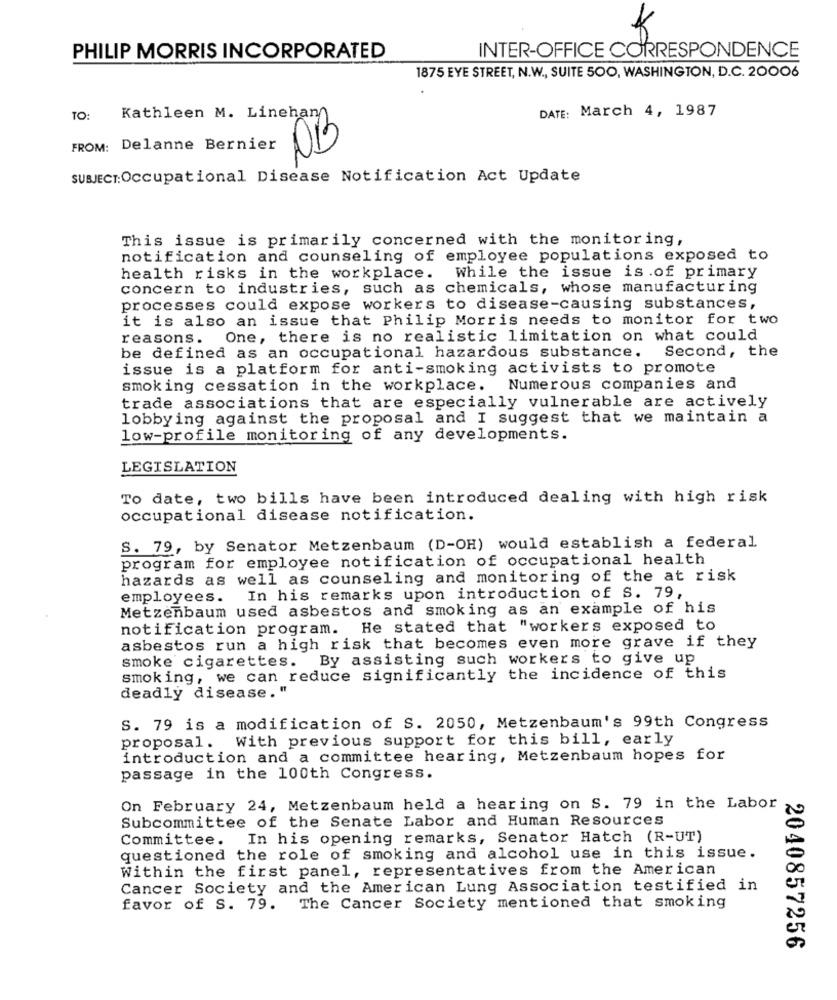
INTER-OFFICE CORRESPONDENCE
PHILIP MORRIS INCORPORATED
1875 EYE STREET, N.W ., SUITE 500, WASHINGTON, D.C. 20006
DATE: March 4, 1987
TO:
Kathleen M. Linehan
FROM: Delanne Bernier
OB
SUBJECT:Occupational Disease Notification Act Update
This issue is primarily concerned with the monitoring,
notification and counseling of employee populations exposed to
health risks in the workplace. While the issue is .of primary
concern to industries, such as chemicals, whose manufacturing
processes could expose workers to disease-causing substances,
it is also an issue that Philip Morris needs to monitor for two
reasons. One, there is no realistic limitation on what could
Second, the
be defined as an occupational hazardous substance.
issue is a platform for anti-smoking activists to promote
smoking cessation in the workplace. Numerous companies and
trade associations that are especially vulnerable are actively
lobbying against the proposal and I suggest that we maintain a
low-profile monitoring of any developments.
LEGISLATION
To date, two bills have been introduced dealing with high risk
occupational disease notification.
S. 79, by Senator Metzenbaum (D-OH) would establish a federal
program for employee notification of occupational health
hazards as well as counseling and monitoring of the at risk
employees. In his remarks upon introduction of S. 79,
Metzenbaum used asbestos and smoking as an example of his
notification program. He stated that "workers exposed to
asbestos run a high risk that becomes even more grave if they
smoke cigarettes. By assisting such workers to give up
smoking, we can reduce significantly the incidence of this
deadly disease."
S. 79 is a modification of S. 2050, Metzenbaum's 99th Congress
proposal. With previous support for this bill, early
introduction and a committee hearing, Metzenbaum hopes for
passage in the 100th Congress.
On February 24, Metzenbaum held a hearing on S. 79 in the Labor
Subcommittee of the Senate Labor and Human Resources
Committee.
In his opening remarks, Senator Hatch (R-UT)
questioned the role of smoking and alcohol use in this issue.
Within the first panel, representatives from the American
Cancer Society and the American Lung Association testified in
favor of S. 79. The Cancer Society mentioned that smoking
2040857256